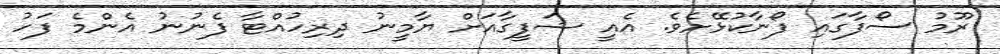
ރޫމު ސޯފާގައި ފޯނާކުޅޭށެވެ. އެއީ ޝަފީގާއަށް ޔާމީނު ދިރިހުއްޓާ ފެނުނު އެންމެ ފަހު